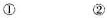
① ②